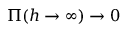
\Pi ( h \to \infty ) \to 0